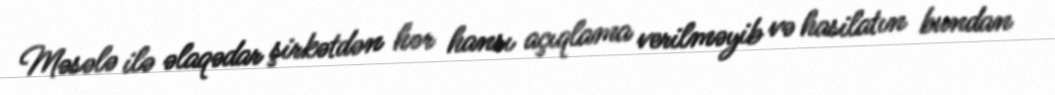
Məsələ ilə əlaqədar şirkətdən hər hansı açıqlama verilməyib və hasilatın bundan